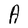
Character: A